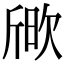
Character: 𣣒